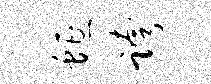
蜒跨